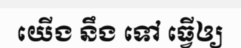
យើង នឹង ទៅ ធ្វើឲ្យ